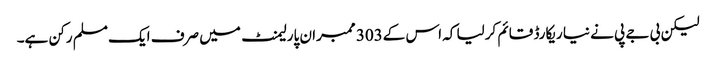
لیکن بی جے پی نے نیا ریکارڈ قائم کرلیا کہ اس کے303 ممبران پارلیمنٹ میں صرف ایک مسلم رکن ہے۔